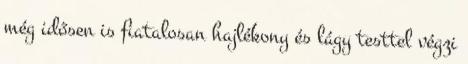
még idősen is fiatalosan hajlékony és lágy testtel végzi